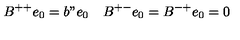
B ^ { + + } e _ { 0 } = b " e _ { 0 } \quad B ^ { + - } e _ { 0 } = B ^ { - + } e _ { 0 } = 0